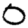
Digit: 0